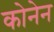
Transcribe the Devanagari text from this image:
कोनेन